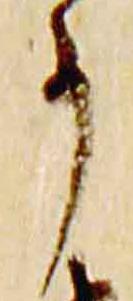
事